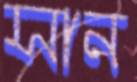
সান